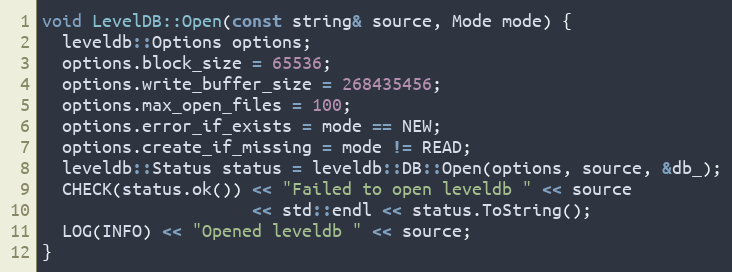
Language: C++
void LevelDB::Open(const string& source, Mode mode) {
  leveldb::Options options;
  options.block_size = 65536;
  options.write_buffer_size = 268435456;
  options.max_open_files = 100;
  options.error_if_exists = mode == NEW;
  options.create_if_missing = mode != READ;
  leveldb::Status status = leveldb::DB::Open(options, source, &db_);
  CHECK(status.ok()) << "Failed to open leveldb " << source
                     << std::endl << status.ToString();
  LOG(INFO) << "Opened leveldb " << source;
}